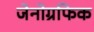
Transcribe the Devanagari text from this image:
जेनोग्रफिक